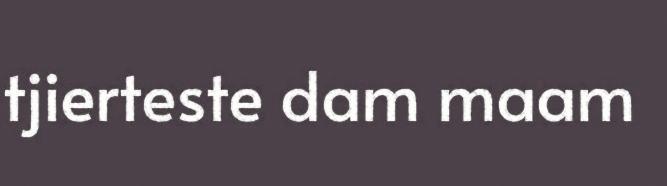
tjierteste dam maam